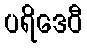
ပရိဒေဝီ